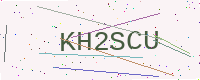
Text: KH2SCU